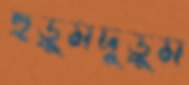
হুড়ুমদুড়ুম